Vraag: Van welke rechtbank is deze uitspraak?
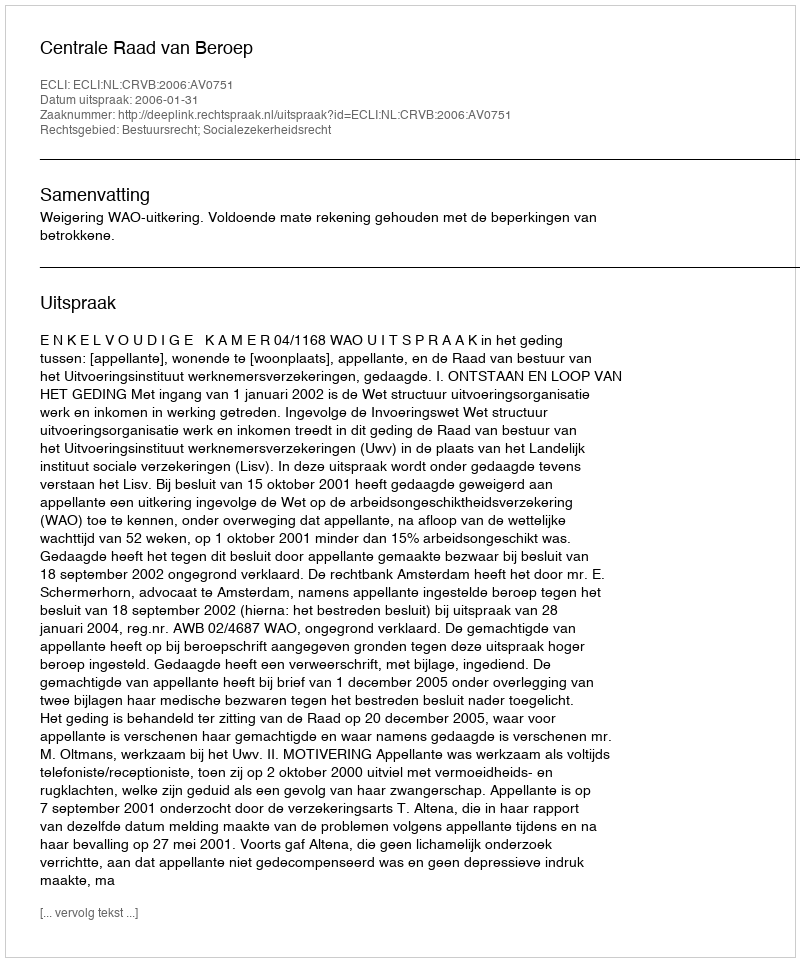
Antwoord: Centrale Raad van Beroep